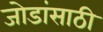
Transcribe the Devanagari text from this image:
जोडांसाठी